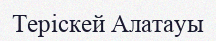
Теріскей Алатауы